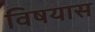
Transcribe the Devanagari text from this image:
विषयास